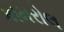
કામરોલ